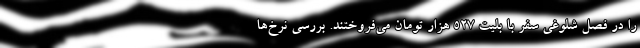
را در فصل شلوغی سفر با بلیت ۵۲۷ هزار تومان می‌فروختند. بررسی نرخ‌ها